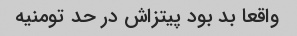
واقعا بد بود پیتزاش در حد تومنیه